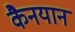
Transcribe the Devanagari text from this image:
कैनयान